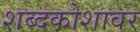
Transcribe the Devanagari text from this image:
शब्दकोशावर